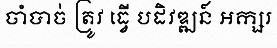
ចាំបាច់ ត្រូវ ធ្វើ បដិវឌ្ឍន៍ អក្សរ